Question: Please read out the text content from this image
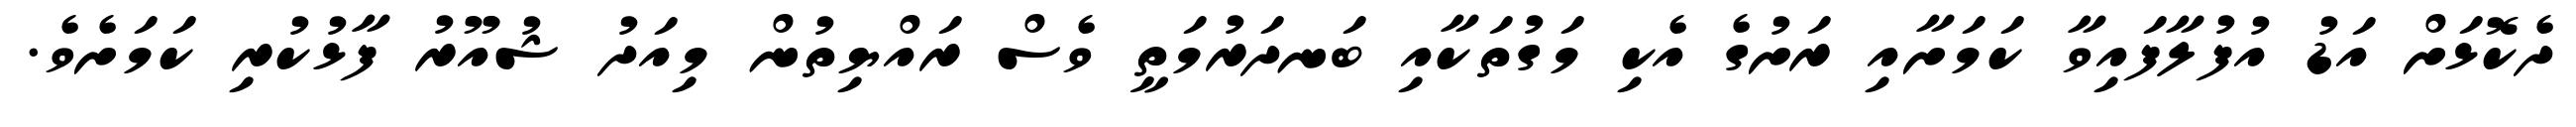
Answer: ދެކޮޅަށް އަޑު އުފުލާފައިވާ ކަމަށާއި ރަށުގެ އެކި މަގުތަކާއި ބަނދަރުމަތީ ވެސް ރައްޔިތުން މިއަދު ޝުއޫރު ފާޅުކުރި ކަމަށެވެ.